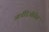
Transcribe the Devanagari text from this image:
आर्चडिओसेस